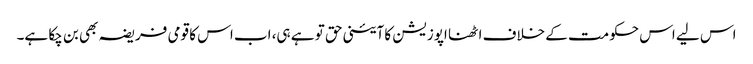
اس لیے اس حکومت کے خلاف اٹھنا اپوزیشن کا آئینی حق تو ہے ہی، اب اس کا قومی فریضہ بھی بن چکا ہے۔